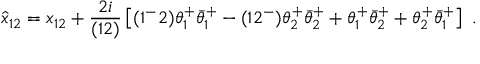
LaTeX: \hat { x } _ { 1 2 } = x _ { 1 2 } + { \frac { 2 i } { ( 1 2 ) } } \left[ ( 1 ^ { - } 2 ) \theta _ { 1 } ^ { + } \bar { \theta } _ { 1 } ^ { + } - ( 1 2 ^ { - } ) \theta _ { 2 } ^ { + } \bar { \theta } _ { 2 } ^ { + } + \theta _ { 1 } ^ { + } \bar { \theta } _ { 2 } ^ { + } + \theta _ { 2 } ^ { + } \bar { \theta } _ { 1 } ^ { + } \right] \ .